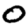
Digit: 0